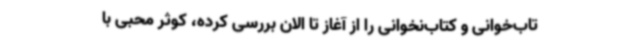
تاب‌خوانی و کتاب‌نخوانی را از آغاز تا الان بررسی کرده، کوثر محبی با